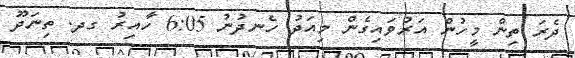
ދެރަ ތިން މީހުން އަރުވައިގެން މިއަދު ހެނދުނު 6:05 ހާއިރު ގދ. ތިނަދޫ